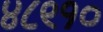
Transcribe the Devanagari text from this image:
४८९१०